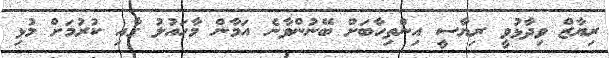
ރިޔާޒް ވިދާޅުވީ ރިޔާސީ އިންތިހާބަށް ބޭނުންވާނެ އަމާން މާހައުލު ގާއި ކުރުމަށް މުޅި